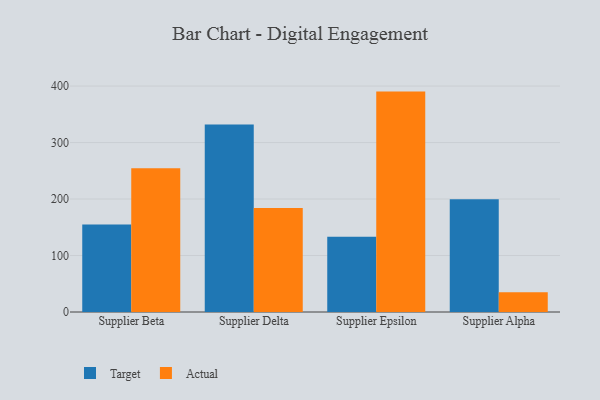
{"axis": {"x": "Supplier", "y": "Production Output"}, "legend": ["Actual", "Target"], "data": [{"x": "Supplier Beta", "y": 155.0, "type": "Target"}, {"x": "Supplier Beta", "y": 254.5, "type": "Actual"}, {"x": "Supplier Delta", "y": 332.0, "type": "Target"}, {"x": "Supplier Delta", "y": 184.2, "type": "Actual"}, {"x": "Supplier Epsilon", "y": 133.1, "type": "Target"}, {"x": "Supplier Epsilon", "y": 390.2, "type": "Actual"}, {"x": "Supplier Alpha", "y": 199.7, "type": "Target"}, {"x": "Supplier Alpha", "y": 34.9, "type": "Actual"}]}